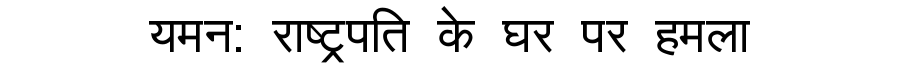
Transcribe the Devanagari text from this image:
यमन: राष्ट्रपति के घर पर हमला